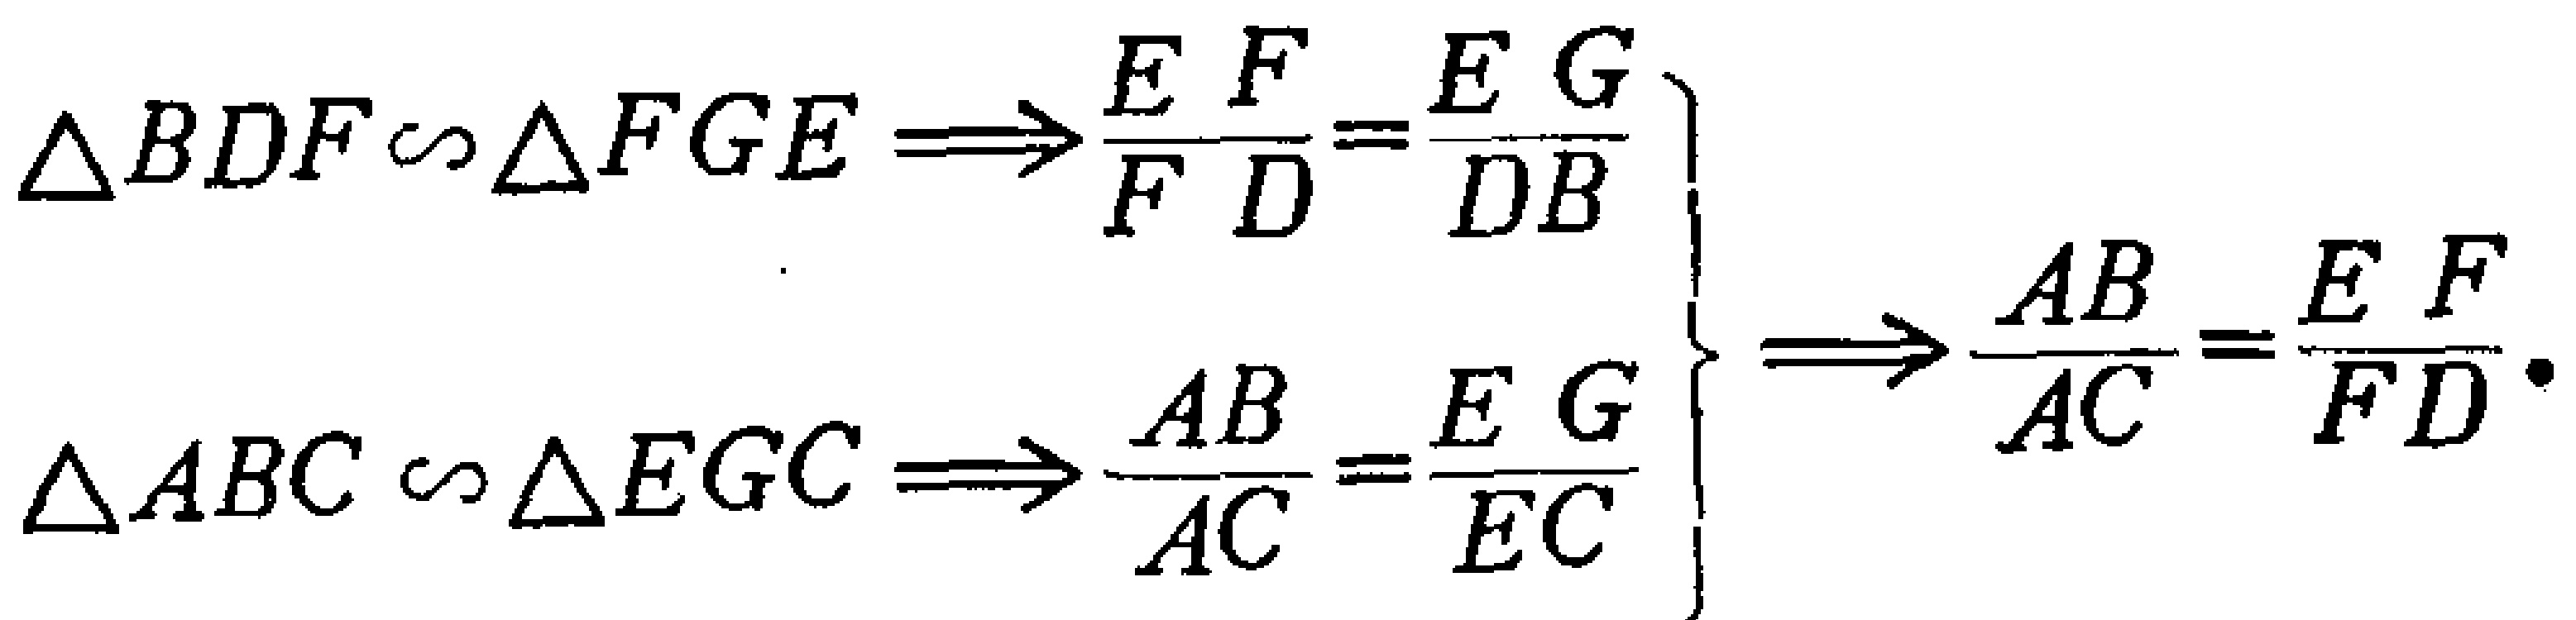
\[\left.

\begin{array}{l}

\triangle BDF\sim\triangle FGE\Longrightarrow\frac{EF}{FD}=\frac{EG}{DB}\\

\triangle ABC\sim\triangle EGC\Longrightarrow\frac{AB}{AC}=\frac{EG}{EC}

\end{array}

\right\}

\Longrightarrow\frac{AB}{AC}=\frac{EF}{FD}\cdot\]